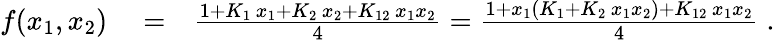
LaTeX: \begin{array}{rlr}{f(x_{1},x_{2})}&{{}=}&{\frac{1+K_{1}\, x_{1}+K_{2}\, x_{2}+K_{12}\, x_{1}x_{2}}{4}=\frac{1+x_{1}(K_{1}+K_{2}\, x_{1}x_{2})+K_{12}\, x_{1}x_{2}}{4}\; .}\end{array}